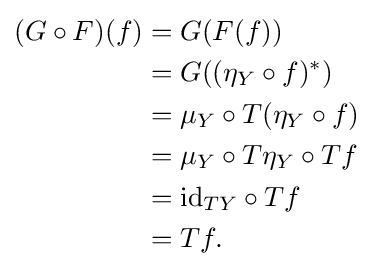
{\begin{aligned}(G\circ F)(f)&=G(F(f))\\&=G((\eta _{Y}\circ f)^{*})\\&=\mu _{Y}\circ T(\eta _{Y}\circ f)\\&=\mu _{Y}\circ T\eta _{Y}\circ Tf\\&={\text{id}}_{TY}\circ Tf\\&=Tf.\end{aligned}}